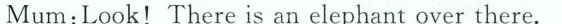
Mum:Look!There is an elephant over there.